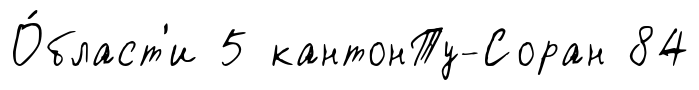
О́бласт'и 5 кантонТу-Соран 84